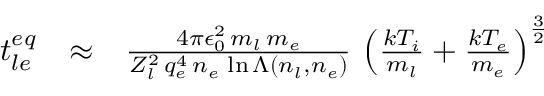
\begin{array} { r l r } { t _ { l e } ^ { e q } } & { \approx } & { \frac { 4 \pi \epsilon _ { 0 } ^ { 2 } \, m _ { l } \, m _ { e } } { Z _ { l } ^ { 2 } \, q _ { e } ^ { 4 } \, n _ { e } \, \ln \Lambda \left( n _ { l } , n _ { e } \right) } \, \left( \frac { k T _ { i } } { m _ { l } } + \frac { k T _ { e } } { m _ { e } } \right) ^ { \frac { 3 } { 2 } } } \end{array}